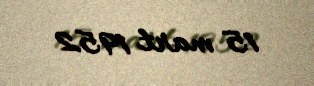
15 mart 1952